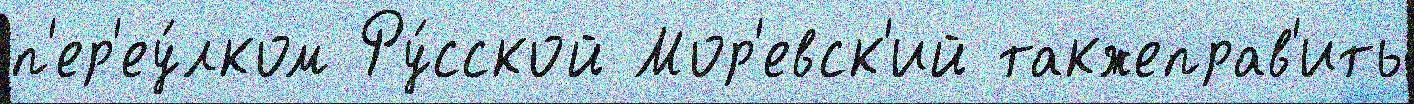
п'ер'еу́лком Ру́сской Мор'евск'ий такжеправ'ить